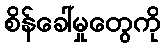
စိန်ခေါ်မှုတွေကို